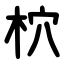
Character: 柼